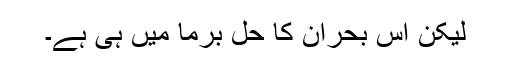
لیکن اس بحران کا حل برما میں ہی ہے۔